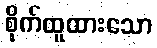
စိုက်ထူထားသော